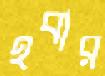
হবার